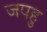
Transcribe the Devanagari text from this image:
जपहु